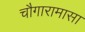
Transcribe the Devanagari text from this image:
चौगारामासा